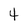
Character: 4